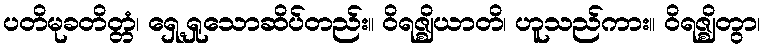
ပတိမုခတိတ္တံ၊ ရှေ့ရှုသောဆိပ်တည်း။ ဝိရဇ္ဈိယာတိ၊ ဟူသည်ကား။ ဝိရဇ္ဈိတွာ၊